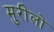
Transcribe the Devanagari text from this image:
मुरीलो